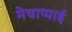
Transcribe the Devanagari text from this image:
मेचाप्पाई